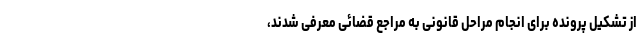
از تشکیل پرونده برای انجام مراحل قانونی به مراجع قضائی معرفی شدند،